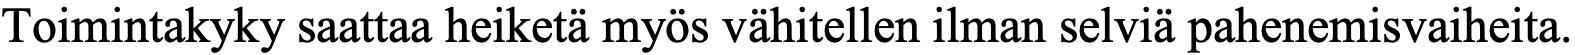
Toimintakyky saattaa heiketä myös vähitellen ilman selviä pahenemisvaiheita.